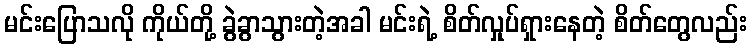
မင်းပြောသလို ကိုယ်တို့ ခွဲခွာသွားတဲ့အခါ မင်းရဲ့ စိတ်လှုပ်ရှားနေတဲ့ စိတ်တွေလည်း